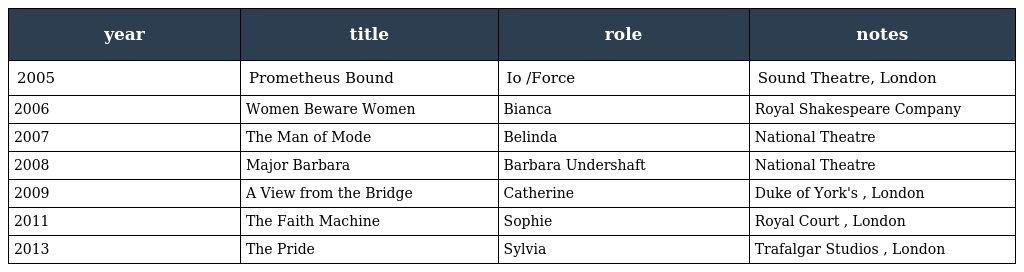
| year | title | role | notes |
 | --- | --- | --- | --- |
 | 2005 | Prometheus Bound | Io /Force | Sound Theatre, London |
 | 2006 | Women Beware Women | Bianca | Royal Shakespeare Company |
 | 2007 | The Man of Mode | Belinda | National Theatre |
 | 2008 | Major Barbara | Barbara Undershaft | National Theatre |
 | 2009 | A View from the Bridge | Catherine | Duke of York's , London |
 | 2011 | The Faith Machine | Sophie | Royal Court , London |
 | 2013 | The Pride | Sylvia | Trafalgar Studios , London |